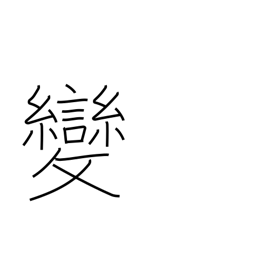
Meaning: strange